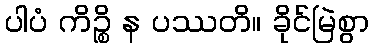
ပါပံ ကိဉ္စိ န ပဿတိ။ ခိုင်မြဲစွာ